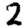
Digit: 2